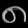
Digit: ၈